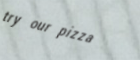
try our pizza